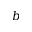
b